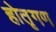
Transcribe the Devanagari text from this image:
होतृगण